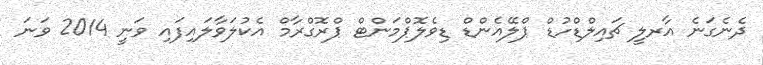
ދެނެގަނެ އާރލީ ޗައިލްޑްހުޑް ޕްލޭއެންޑް ޑިވެލޮޕްމަންޓް ޕްރޮގްރާމް އެކުލަވާލައިފައި ވަނީ 2014 ވަނަ